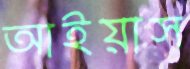
আইয়াস